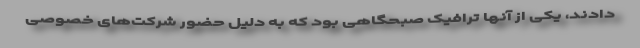
دادند، یکی از آنها ترافیک صبحگاهی بود که به دلیل حضور شرکت‌های خصوصی